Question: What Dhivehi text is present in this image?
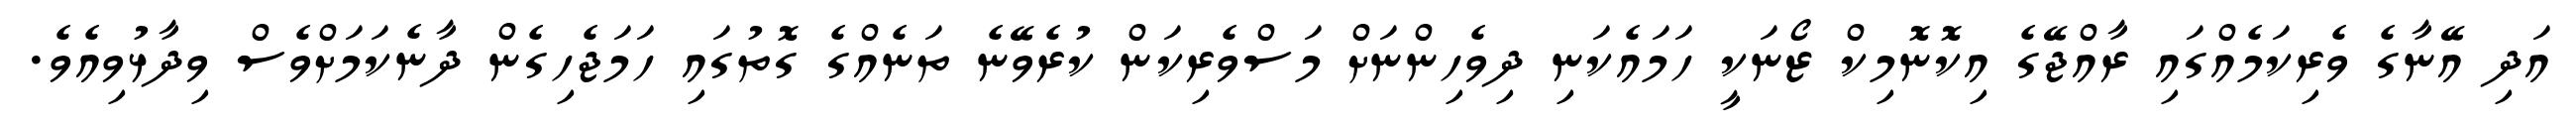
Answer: އަދި އޭނާގެ ވެރިކަމެއްގައި ރާއްޖޭގެ އިކޮނޮމިކް ޒޯނަކީ ހަމައެކަނި ދިވެހިންނަށް މަސްވެރިކަން ކުރެވޭނެ ތަނެއްގެ ގޮތުގައި ހަމަޖެހިގެން ދާނެކަމަށްވެސް ވިދާޅުވިއެވެ.